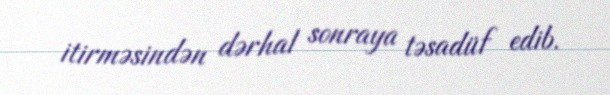
itirməsindən dərhal sonraya təsadüf edib.